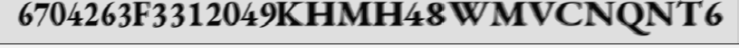
6704263F3312049KHMH48WMVCNQNT6